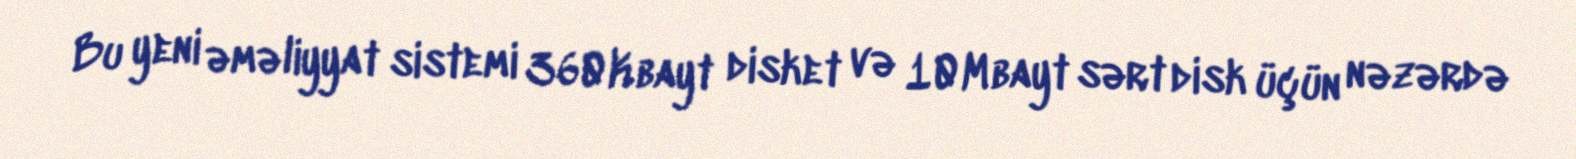
Bu yeni əməliyyat sistemi 360Kbayt disket və 10Mbayt sərt disk üçün nəzərdə